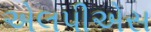
એલપીએસ